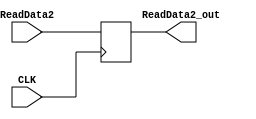
`timescale 1ns / 1ps
//////////////////////////////////////////////////////////////////////////////////
// Company: 
// Engineer: 
// 
// Design Name: 
// Module Name: BDR
// Project Name: 
// Target Devices: 
// Tool Versions: 
// Description: 
// 
// Dependencies: 
// 
// Revision:
// Revision 0.01 - File Created
// Additional Comments:
// 
//////////////////////////////////////////////////////////////////////////////////


module BDR(CLK,ReadData2, ReadData2_out);
    input CLK;
    input [31:0] ReadData2;
    output reg [31:0] ReadData2_out;
    always @(posedge CLK) begin
        ReadData2_out<= ReadData2;
    end
endmodule